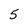
Character: 5